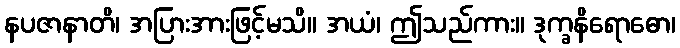
နပဇာနာတိ၊ အပြားအားဖြင့်မသိ။ အယံ၊ ဤသည်ကား။ ဒုက္ခနိရောဓော၊